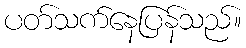
ပတ်သက်နေပြန်သည်။